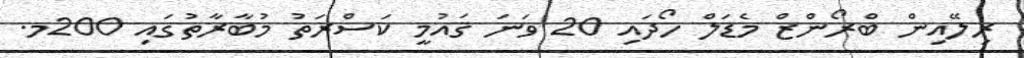
ރިލޭއިން ބްރޯންޒް މެޑަލް ހޯދައި 20 ވަނަ ޤައުމީ ކަސްރަތު މުބާރާތުގައި 200މ.